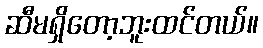
ဆီမရှိတော့ဘူးထင်တယ်။